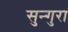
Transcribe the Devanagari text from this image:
सुन्गुरा